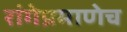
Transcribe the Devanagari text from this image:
रांगेप्रमाणेच